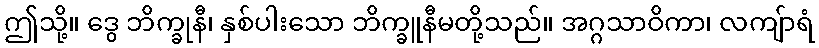
ဤသို့။ ဒွေ ဘိက္ခုနီ၊ နှစ်ပါးသော ဘိက္ခူနီမတို့သည်။ အဂ္ဂသာဝိကာ၊ လကျ်ာရံ